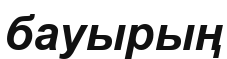
бауырың